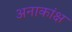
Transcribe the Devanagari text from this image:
अनाकांक्ष